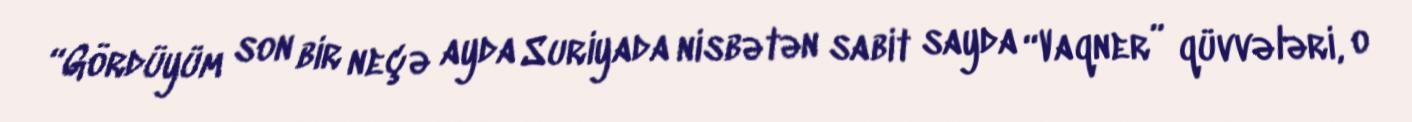
“Gördüyüm son bir neçə ayda Suriyada nisbətən sabit sayda “Vaqner” qüvvələri, o